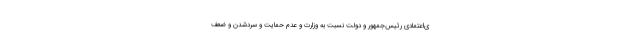
ى‌اعتمادى رئیس‌جمهور و دولت نسبت به وزارت و عدم حمایت و سردشدن و ضعف